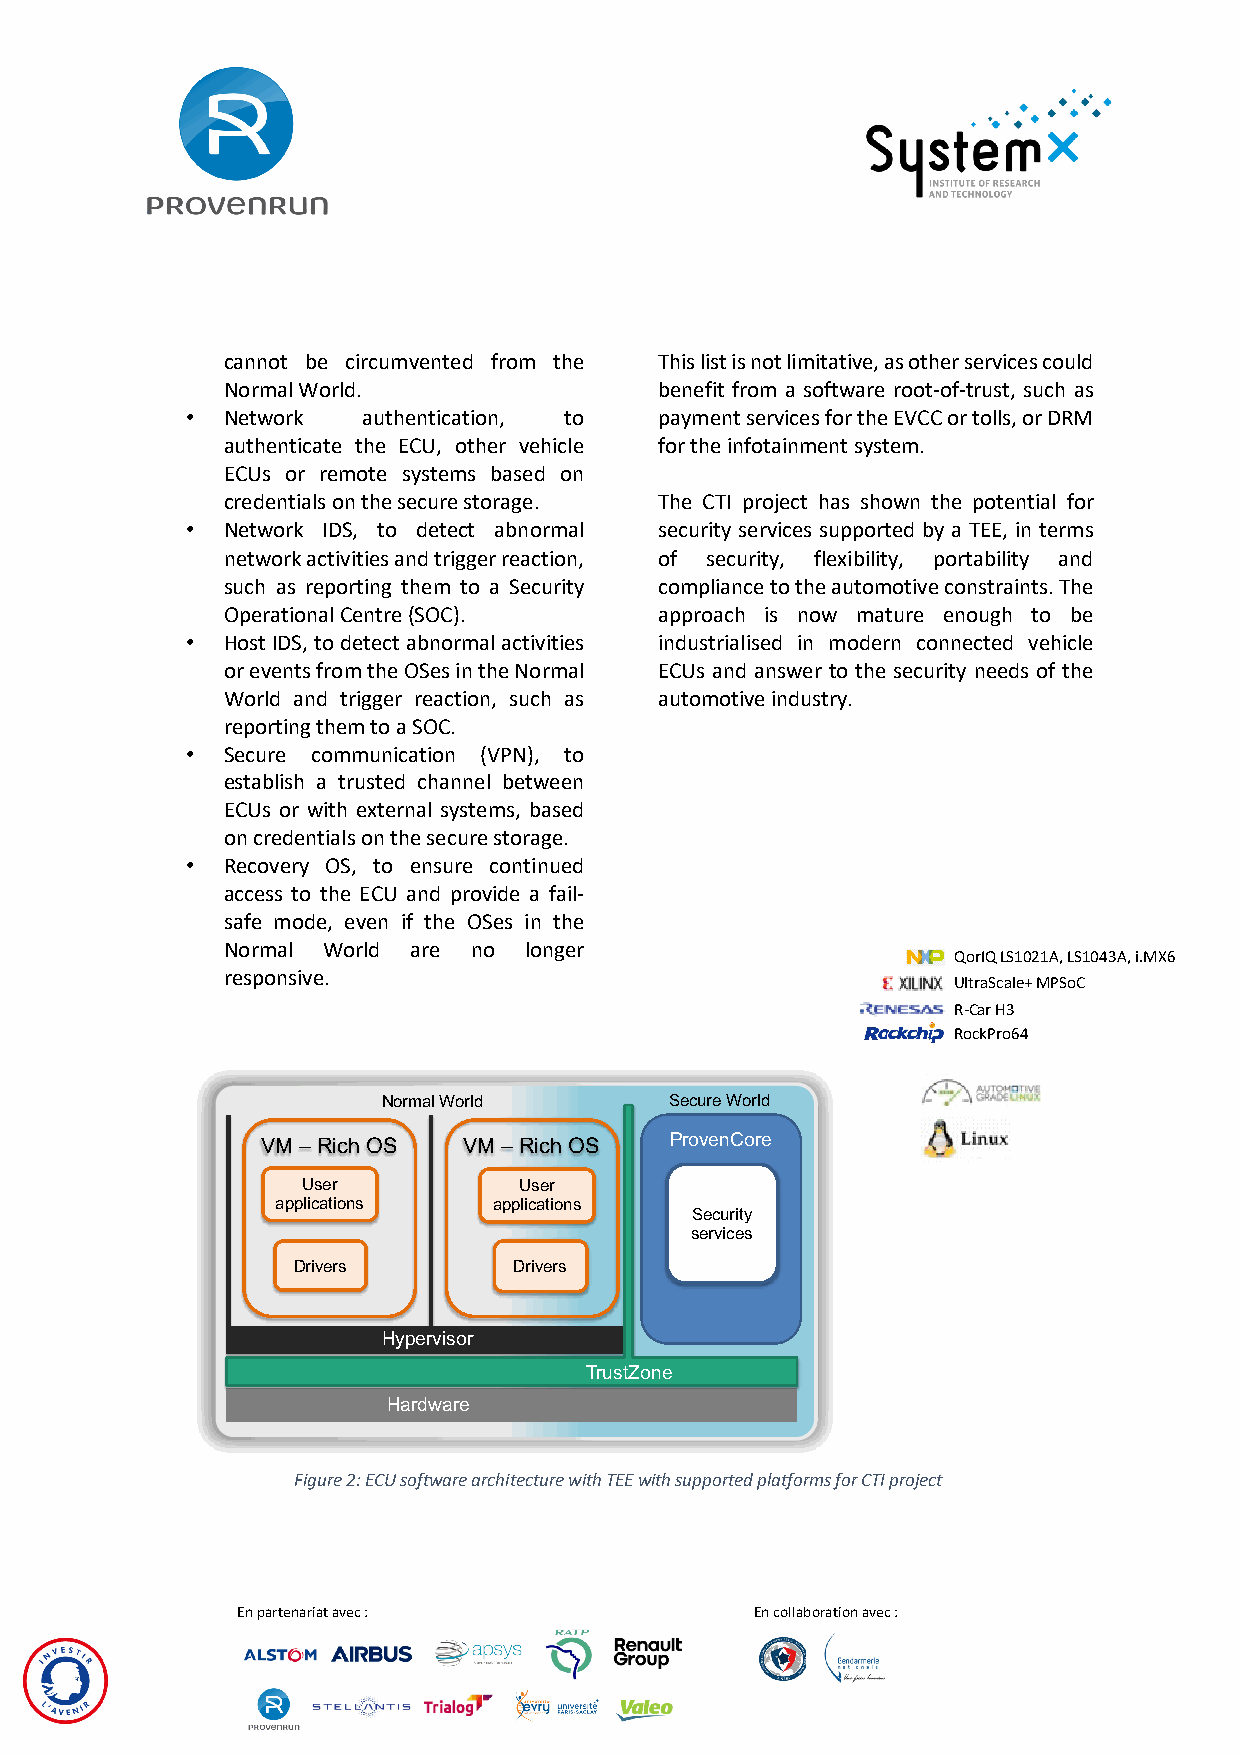
cannot be circumvented from the This list is not limitative, as other services could
 Normal World.                benefit from a software root-of-trust, such as
 •  Network  authentication, to  payment services for the EVCC or tolls, or DRM
 authenticate the ECU, other vehicle for the infotainment system.
 ECUs or remote systems based on
 credentials on the secure storage. The CTI project has shown the potential for
 •  Network IDS, to detect abnormal security services supported by a TEE, in terms
 network activities and trigger reaction, of security, flexibility, portability and
 such as reporting them to a Security compliance to the automotive constraints. The
 Operational Centre (SOC).    approach is now mature enough to be
 •  Host IDS, to detect abnormal activities industrialised in modern connected vehicle
 or events from the OSes in the Normal ECUs and answer to the security needs of the
 World and trigger reaction, such as automotive industry.
 reporting them to a SOC.
 •  Secure communication (VPN), to
 establish a trusted channel between
 ECUs or with external systems, based
 on credentials on the secure storage.
 •  Recovery OS, to ensure continued
 access to the ECU and provide a fail-
 safe mode, even if the OSes in the
 Normal World are no longer
 QorIQLS1021A, LS1043A, i.MX6
 responsive.
 UltraScale+ MPSoC
 R-Car H3
 RockPro64
 Normal World       Secure World
 VM –Rich OS   VM –Rich OS  ProvenCore
 User          User
 applications   applications
 Security
 services
 Drivers        Drivers
 Hypervisor
 TrustZone
 Hardware
 Figure 2: ECU software architecture with TEE with supported platforms for CTI project
 En partenariat avec :             En collaboration avec :